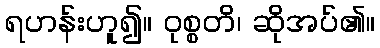
ရဟန်းဟူ၍။ ဝုစ္စတိ၊ ဆိုအပ်၏။